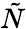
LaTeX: \tilde{N}